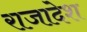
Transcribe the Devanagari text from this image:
राजादेश